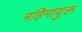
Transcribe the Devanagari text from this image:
महिमायुक्त